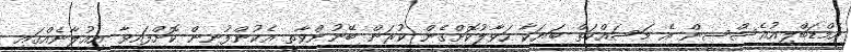
އެމްޑަބްލިއުއެސްސީން އެ މަސައްކަތް ބަޔަކާ ހަވާލުކޮށްގެން ކުރަން ބޭނުންވާތީ އެކުންފުނިން ކޮށްފައިވާ އިއުލާނެއްގައި